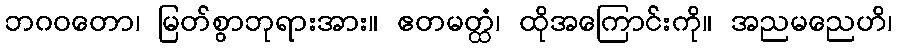
ဘဂဝတော၊ မြတ်စွာဘုရားအား။ ဧတမတ္ထံ၊ ထိုအကြောင်းကို။ အညမညေဟိ၊